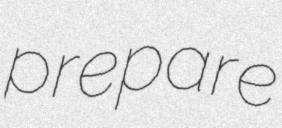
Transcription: prepare